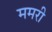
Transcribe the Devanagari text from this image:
ममरी